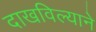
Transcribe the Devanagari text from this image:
दाखविल्याने